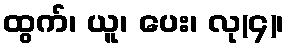
ထွက်၊ ယူ၊ ပေး၊ လု(၄)၊